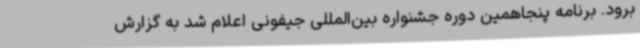
برود. برنامه پنجاهمین دوره جشنواره بین‌المللی جیفونی اعلام شد به گزارش